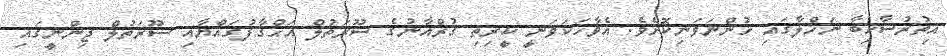
އިތުރުސާހިބާ ނަޚްލާގައި ހުންނަވަނިކޮށެވެ. އެވާހަކަވަނީ ކީރިތި ޤުރްއާނުގެ ސޫރަތުލް އަޙްޤާފުގައްޔާއި ސޫރަތުލް ޖިންނީގައި